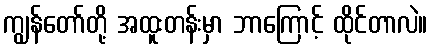
ကျွန်တော်တို့ အထူးတန်းမှာ ဘာကြောင့် ထိုင်တာလဲ။